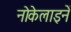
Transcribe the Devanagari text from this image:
नोकेलाइनें